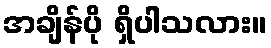
အချိန်ပို ရှိပါသလား။